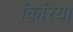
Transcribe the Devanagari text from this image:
किरिया